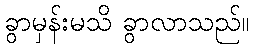
ခွာမှန်းမသိ ခွာလာသည်။